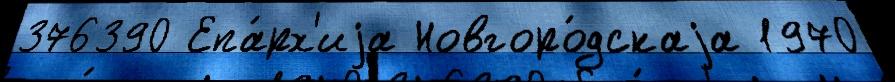
376390 Епа́рх'иjа Новгоро́дскаjа 1970